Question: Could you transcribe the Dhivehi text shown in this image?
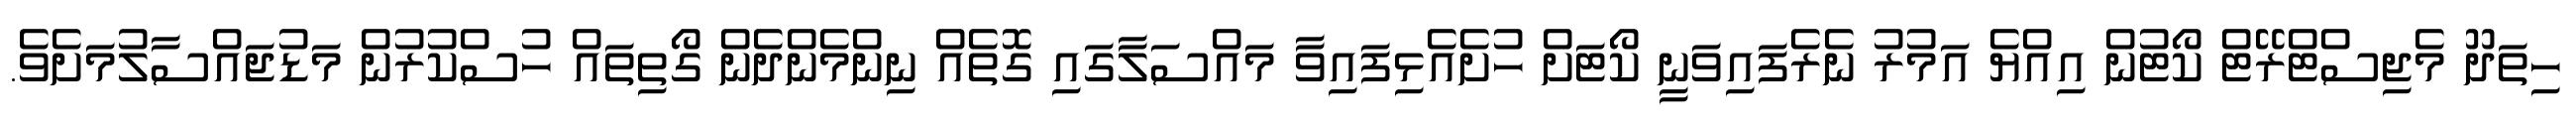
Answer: ހިތަދޫ މެޖިސްޓްރޭޓް ކޯޓުން އިއްޔެ އަމުރު ނެރެފައިވަނީ ކޯޓަށް ހުށެއެޅިފައިވާ މައްސަލާގައި ގޮތެއް ނިންމެންދެން ގޯތިތައް ހުސްކުރުން މަޑުޖައްސާލުމަށެވެ.